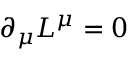
\partial _ { \mu } L ^ { \mu } = 0